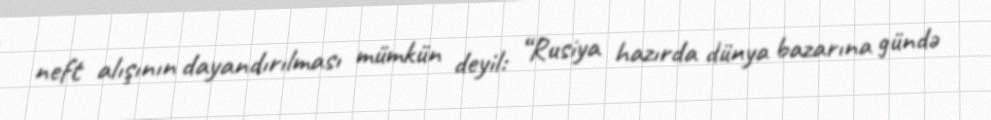
neft alışının dayandırılması mümkün deyil: “Rusiya hazırda dünya bazarına gündə